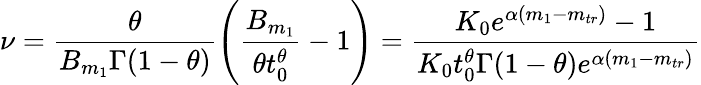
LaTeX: \nu=\frac{\theta}{B_{m_{1}}\Gamma(1-\theta)}\left(\frac{B_{m_{1}}}{\theta t_{0}^{\theta}}-1\right)=\frac{K_{0}e^{\alpha(m_{1}-m_{tr})}-1}{K_{0}t_{0}^{\theta}\Gamma(1-\theta)e^{\alpha(m_{1}-m_{tr})}}